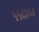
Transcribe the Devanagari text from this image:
५५६३०७